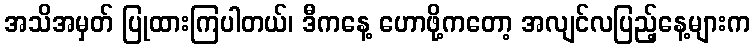
အသိအမှတ် ပြုထားကြပါတယ်၊ ဒီကနေ့ ဟောဖို့ကတော့ အလျင်လပြည့်နေ့များက